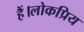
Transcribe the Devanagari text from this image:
हैं।लोकप्रिय